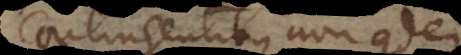
contingentibus non quidem